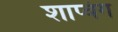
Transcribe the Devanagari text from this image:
शाप्वंग